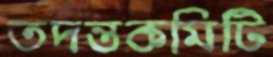
তদন্তকমিটি